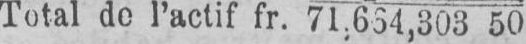
Total de l’actif fr. 71,654,303 50